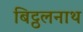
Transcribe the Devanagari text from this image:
बिट्ठलनाथ